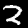
Label: 2